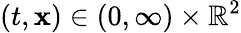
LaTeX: (t,\mathbf{x})\in(0,\infty)\times\mathbb{R}^{2}